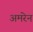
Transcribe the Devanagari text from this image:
अमरेन